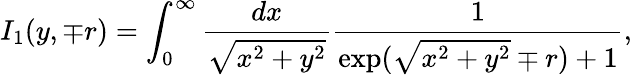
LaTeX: I_{1}(y,\mp r)=\int_{0}^{\infty}\frac{dx}{\sqrt{x^{2}+y^{2}}}\frac{1}{\exp(\sqrt{x^{2}+y^{2}}\mp r)+1},